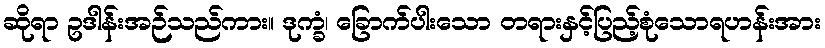
ဆိုရာ ဥဒါန်းအဉ်သည်ကား။ ဒုက္ခံ၊ ခြောက်ပါးသော တရားနှင့်ပြည့်စုံသောရဟန်းအား